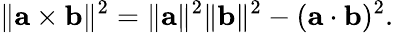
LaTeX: \| \mathbf{a}\times\mathbf{b}\| ^{2}=\| \mathbf{a}\| ^{2}\| \mathbf{b}\| ^{2}-(\mathbf{a}\cdot\mathbf{b})^{2}.